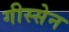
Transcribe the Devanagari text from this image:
गीस्सेन